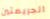
الجريمتين